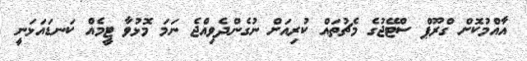
އާއްމުކޮށް ގްރޫޕް ސްޓޭޖުގެ މެޗުތައް ކުރިއަށް ނުގެންދެވިއްޖެ ނަމަ މޮޅުވާ ޓީމެއް ކަނޑައަޅަނީ